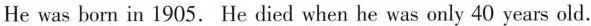
He was born in 1905. He died when he was only 40 years old.